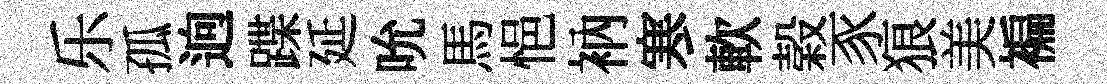
乐孤逈蹀延吮馬悒衲寒軟榖豕狼美褊